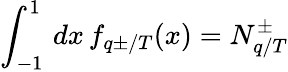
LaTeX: \int_{-1}^{1}\, dx\, f_{q\pm/T}(x)=N_{q/T}^{\pm}